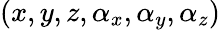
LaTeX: (x,y,z,\alpha_{x},\alpha_{y},\alpha_{z})